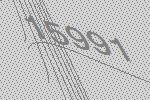
15991